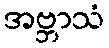
အဗ္ဘာသံ